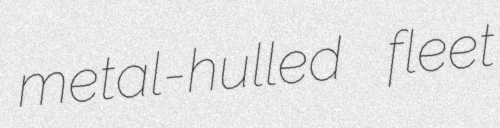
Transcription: metal-hulled fleet